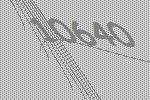
10640